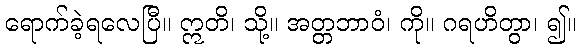
ရောက်ခဲ့ရလေပြီ။ ဣတိ၊ သို့။ အတ္တဘာဝံ၊ ကို။ ဂရဟိတွာ၊ ၍။